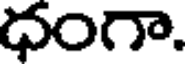
ధంగా.